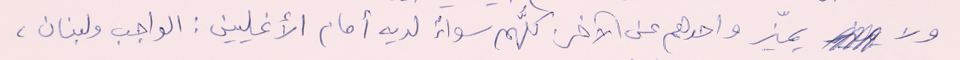
ولا يميّز واحدهم عن الآخر. كلُّهم سواءٌ لديه أمام الأغليين : الواجب ولبنان،